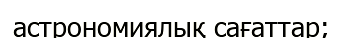
астрономиялық сағаттар;